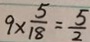
9 \times \frac { 5 } { 1 8 } = \frac { 5 } { 2 }